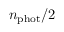
n _ { \mathrm { p h o t } } / 2